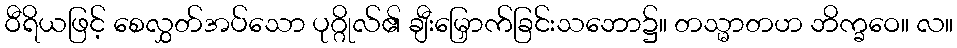
ဝီရိယဖြင့် စေလွှတ်အပ်သော ပုဂ္ဂိုလ်၏ ချီးမြှောက်ခြင်းသဘော၌။ တသ္မာတဟ ဘိက္ခဝေ။ လ။